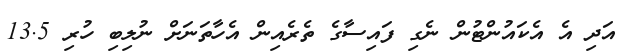
އަދި އެ އެކައުންޓުން ނެގި ފައިސާގެ ތެރެއިން އެހާތަނަށް ނުލިބި ހުރި 13.5